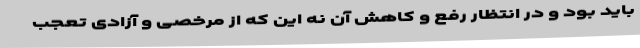
باید بود و در انتظار رفع و کاهش آن نه این که از مرخصی و آزادی تعجب